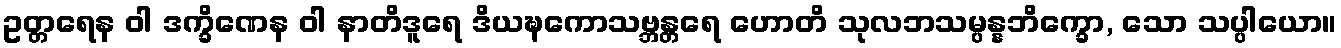
ဥတ္တရေန ဝါ ဒက္ခိဏေန ဝါ နာတိဒူရေ ဒိယဍ္ဎကောသဗ္ဘန္တရေ ဟောတိ သုလဘသမ္ပန္နဘိက္ခော, သော သပ္ပါယော။